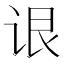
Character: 𬣳